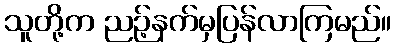
သူတို့က ညဉ့်နက်မှပြန်လာကြမည်။